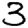
Digit: 3